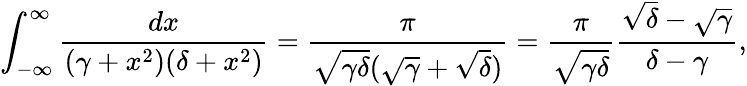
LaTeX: \int_{-\infty}^{\infty}\frac{dx}{(\gamma+x^{2})(\delta+x^{2})}=\frac{\pi}{\sqrt{\gamma\delta}(\sqrt{\gamma}+\sqrt{\delta})}=\frac{\pi}{\sqrt{\gamma\delta}}\frac{\sqrt{\delta}-\sqrt{\gamma}}{\delta-\gamma},